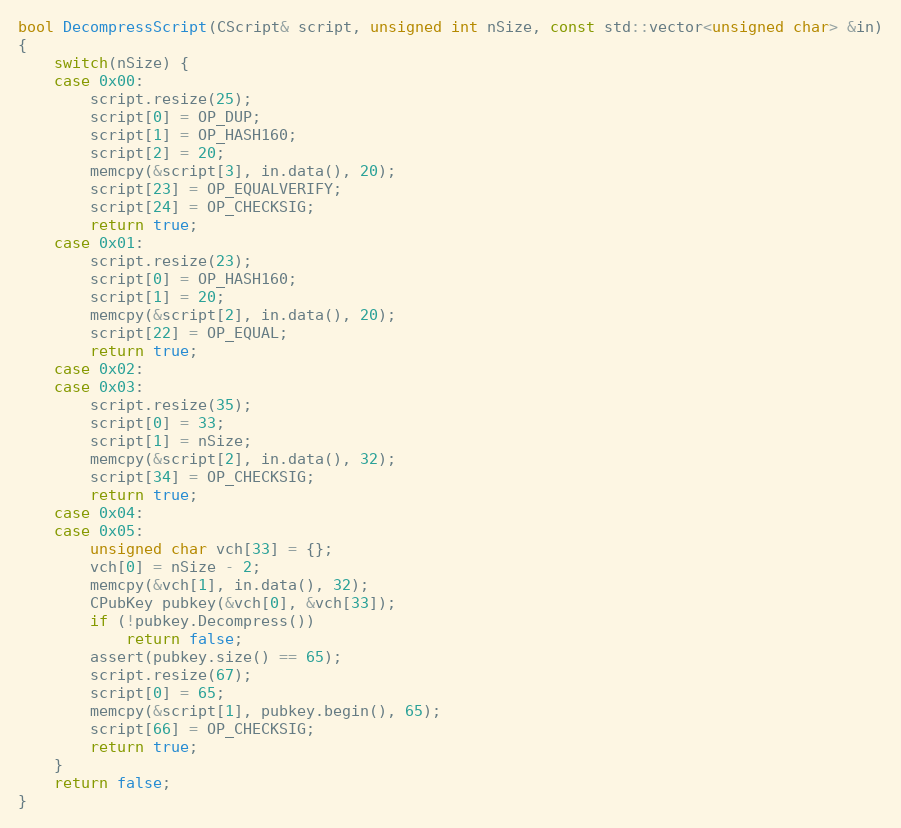
Language: C++
bool DecompressScript(CScript& script, unsigned int nSize, const std::vector<unsigned char> &in)
{
    switch(nSize) {
    case 0x00:
        script.resize(25);
        script[0] = OP_DUP;
        script[1] = OP_HASH160;
        script[2] = 20;
        memcpy(&script[3], in.data(), 20);
        script[23] = OP_EQUALVERIFY;
        script[24] = OP_CHECKSIG;
        return true;
    case 0x01:
        script.resize(23);
        script[0] = OP_HASH160;
        script[1] = 20;
        memcpy(&script[2], in.data(), 20);
        script[22] = OP_EQUAL;
        return true;
    case 0x02:
    case 0x03:
        script.resize(35);
        script[0] = 33;
        script[1] = nSize;
        memcpy(&script[2], in.data(), 32);
        script[34] = OP_CHECKSIG;
        return true;
    case 0x04:
    case 0x05:
        unsigned char vch[33] = {};
        vch[0] = nSize - 2;
        memcpy(&vch[1], in.data(), 32);
        CPubKey pubkey(&vch[0], &vch[33]);
        if (!pubkey.Decompress())
            return false;
        assert(pubkey.size() == 65);
        script.resize(67);
        script[0] = 65;
        memcpy(&script[1], pubkey.begin(), 65);
        script[66] = OP_CHECKSIG;
        return true;
    }
    return false;
}